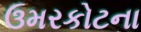
ઉમરકોટના